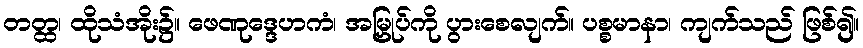
တတ္ထ၊ ထိုသံအိုး၌။ ဖေဏုဒ္ဒေဟကံ၊ အမြှုပ်ကို ပွားစေလျက်။ ပစ္စမာနာ၊ ကျက်သည် ဖြစ်၍။